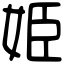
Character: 姫